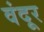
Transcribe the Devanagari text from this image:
वंदूर